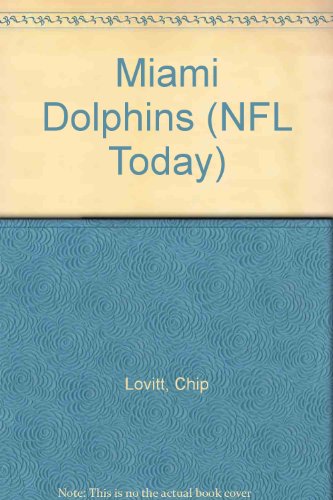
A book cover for Miami Dolphins (NFL Today); Chip Lovitt; Teen & Young Adult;